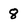
Character: 8